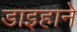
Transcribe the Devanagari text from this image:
डाइहाने